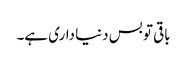
باقی تو بس دنیا داری ہے۔